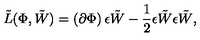
{ \tilde { L } } ( \Phi , \tilde { W } ) = \left( \partial \Phi \right) \epsilon \tilde { W } - \frac { 1 } { 2 } \epsilon \tilde { W } \epsilon \tilde { W } ,